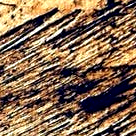
شارع رئيسي